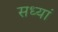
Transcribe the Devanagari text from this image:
सध्यां